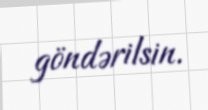
göndərilsin.